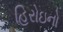
હિરોઇનો